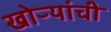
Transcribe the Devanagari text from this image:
खोऱ्यांची